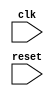
module USB_bus_controller (
    input wire clk,
    input wire reset,
    // Other input and output ports
    
    // Timing control and synchronization modules
    // Module for controlling data transfer rates
    // Module for handling data buffering
    // Module for handshaking signals
    // Module for ensuring proper timing for packetized data transmission
    // Module for synchronization mechanisms
);

// Implementation of timing control and synchronization modules

endmodule